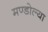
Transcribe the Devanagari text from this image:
मण्डोल्या